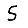
Digit: 5